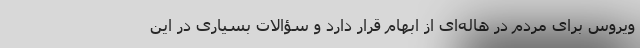
ویروس برای مردم در هاله‌ای از ابهام قرار دارد و سؤالات بسیاری در این